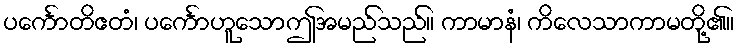
ပင်္ကောတိဧတံ၊ ပင်္ကောဟူသောဤအမည်သည်။ ကာမာနံ၊ ကိလေသာကာမတို့၏။